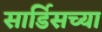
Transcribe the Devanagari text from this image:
सार्डिसच्या